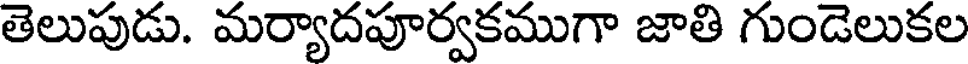
తెలుపుడు. మర్యాదపూర్వకముగా జాతి గుండెలుకల